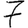
Digit: 7